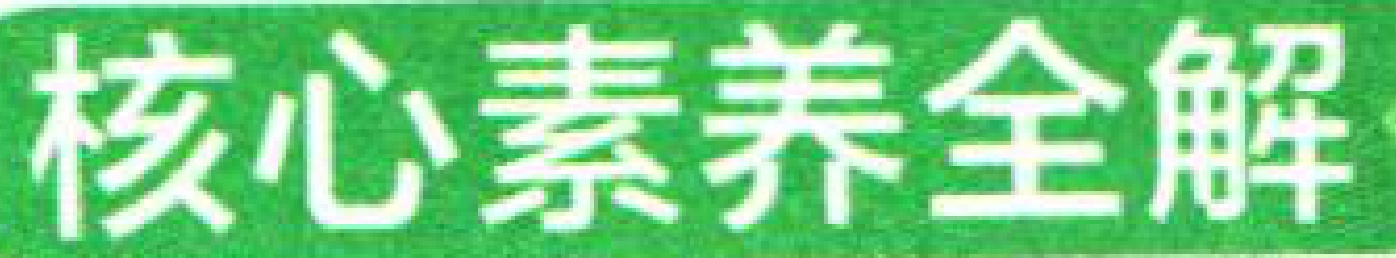
核心素养全解